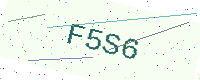
Text: F5S6